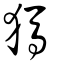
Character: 獁